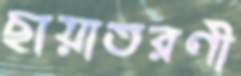
ছায়াতরণী